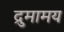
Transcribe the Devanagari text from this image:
द्रुमामय